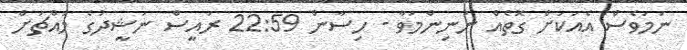
ނަމަވެސް އެއަކަށް ގޮތެއް ނުނިންމަވާ - ހިސާން 22:59 ރައީސް ނަޝީދުގެ މައްޗަށް